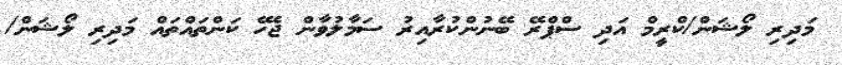
މަދިރި ލޯޝަން/ކްރީމް އަދި ސްޕްރޭ ބޭނުންކުރާއިރު ސަމާލުވާން ޖެހޭ ކަންތައްތައް މަދިރި ލޯޝަން/